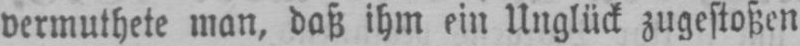
vermuthete man, daß ihm ein Unglück zugestoßen